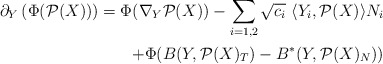
\begin{align*}\partial_Y\left(\Phi(\mathcal{P}(X))\right)=\Phi(\nabla_Y\mathcal{P}(X))-\sum_{i=1,2}\sqrt{c_i}\ \langle Y_i,\mathcal{P}(X)\rangle N_i\\+\Phi(B(Y,\mathcal{P}(X)_T)-B^*(Y,\mathcal{P}(X)_N))\end{align*}